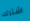
اشترك